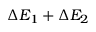
\Delta E _ { 1 } + \Delta E _ { 2 }